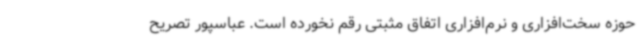
حوزه سخت‌افزاری و نرم‌افزاری اتفاق مثبتی رقم نخورده است. عباسپور تصریح